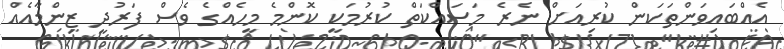
އެއްބައިވަންތަކަން ކުރިއަށް ނެރެ މަސައްކަތް ކުރުމަކީ ކޮންމެ މީހެއްގެ ވެސް ފަރުދީ ޒިންމާއެއް